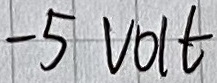
Text: -5VOLT